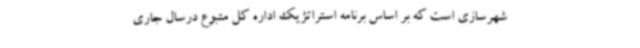
شهرسازی است که بر اساس برنامه استراتژیک اداره کل متبوع درسال جاری